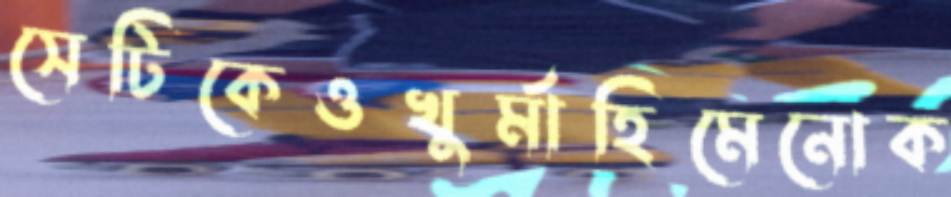
সেটিকেওখুর্মাহিমেনোক